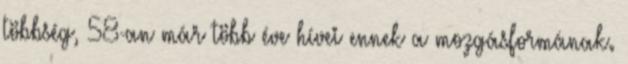
többség, 58-an már több éve hívei ennek a mozgásformának.